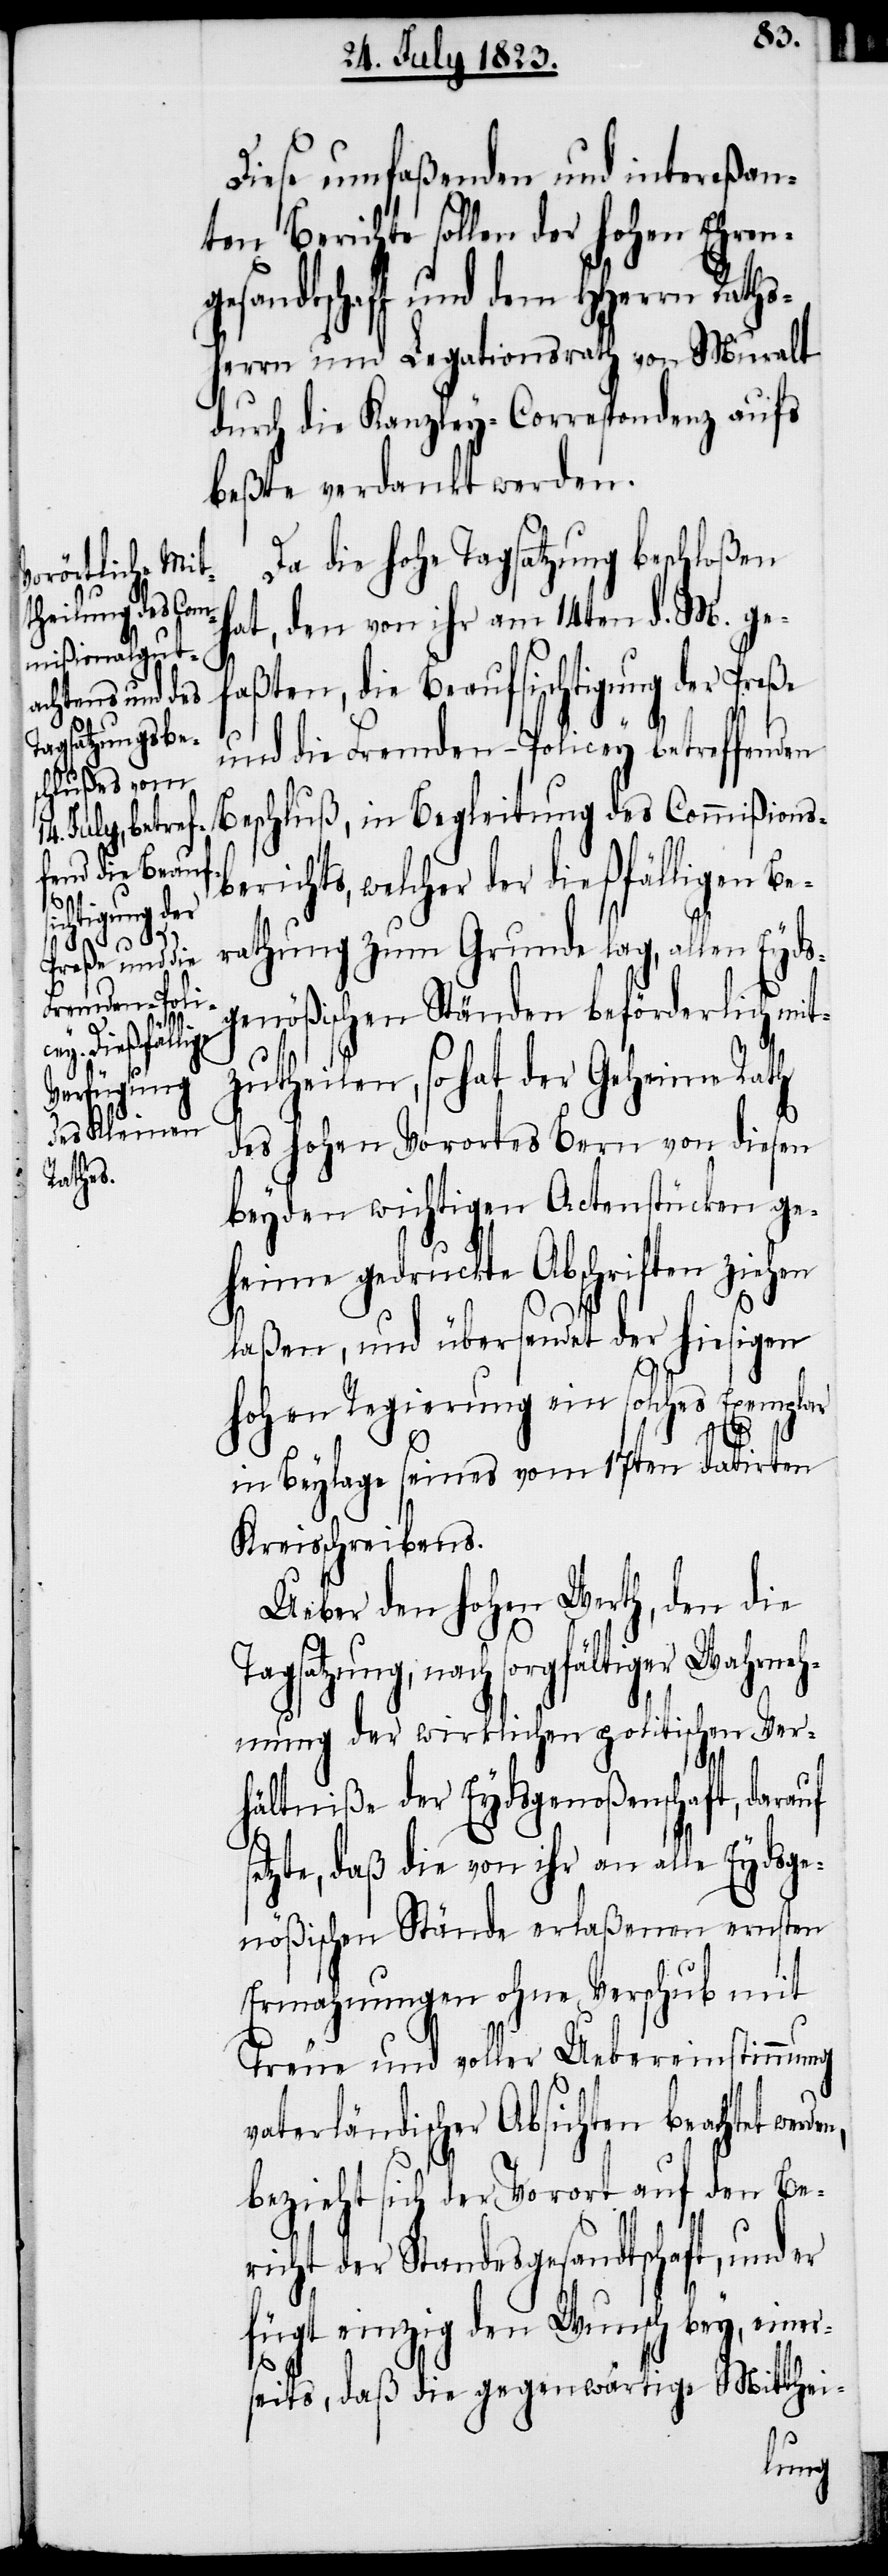
Wahrneh¬

Diese umfaßenden und intereßan¬
ten Berichte sollen der hohen Ehren¬
gesandtschaft und dem HHerrn Raths¬
herrn und Legationsrath von Muralt
durch die Kanzley-Correspondenz aufs
beßte verdankt werden.
Da die hohe Tagsatzung beschloßen
hat, den von ihr am 14ten d. M. ge¬
faßten, die Beaufsichtigung der Preße
und die Fremden-Policey betreffenden
Beschluß, in Begleitung des Commißions¬
berichts, welcher der dießfälligen Be¬
rathung zum Grunde lag, allen Eyd¬
sgenößischen Ständen beförderlich mit¬
zutheilen, so hat der Geheime Rath
des hohen Vorortes Bern von diesen
beyden wichtigen Actenstücken ge¬
heim gedruckte Abschriften zieh¬
laßen, und übersendet der hiesigen
hohen Regierung ein solches Exemplar
s¬
in Beylage seines vom 17ten datirten
Kreisschreibens.
Ueber den hohen Werth, den die
Tagsatzung, nach sorgfältiger
mung der wirklichen politischen Ver¬
hältniße der Eydsgenoßenschaft, dara¬
etzte, daß die von ihr an alle Eydsge¬
nößischen Stände erlaßenen ernsten
Ermahnungen ohne Verschub mit
Treue und voller Uebereinstimmung
vaterländischer Absichten beachtet
bezieht sich der Vorort auf den Be¬
richt der Standesgesandtschaft, und
fügt einzig den Wunsch bey, einer¬
seits, daß die gegenwärtige Mitthei-